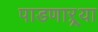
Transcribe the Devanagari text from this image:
पाडणाऱ्र्‍या